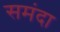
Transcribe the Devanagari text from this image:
समंदा